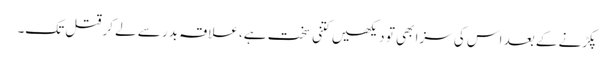
پکڑنے کے بعد اس کی سزا بھی تو دیکھیں کتنی سخت ہے، علاقہ بدر سے لے کر قتل تک۔